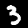
Label: 3